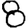
Digit: 8